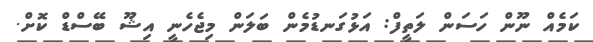
ކަމެއް ނޫން ހަސަން ލަތީފް: އަޅުގަނޑުމެން ބަލަން މިޖެހެނީ އިޝޫ ބޭސްޑް ކޮށް.